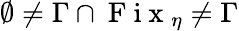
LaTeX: \emptyset\neq\Gamma\cap\mathrm{~F~i~x~}_{\eta}\neq\Gamma